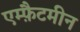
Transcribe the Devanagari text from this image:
एम्फ़ैटमीन